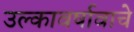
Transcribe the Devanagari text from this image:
उल्कावर्षावाचे